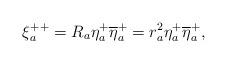
LaTeX: \begin{align*}\xi_a^{++}= R_a\eta^+_a \overline{\eta}^+_a=r_a^2\eta^+_a \overline{\eta}^+_a,\end{align*}